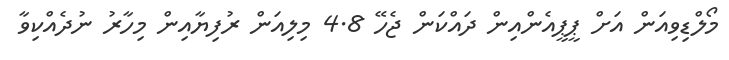
މޯލްޑިވިއަން އަށް ޕީޕީއެންއިން ދައްކަން ޖެހޭ 4.8 މިލިއަން ރުފިޔާއިން މިހާރު ނުދެއްކިވާ